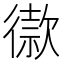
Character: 𢕫